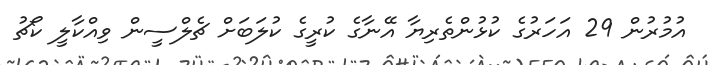
އުމުރުން 29 އަހަރުގެ ކުޅުންތެރިޔާ އޭނާގެ ކުރީގެ ކުލަބަށް ޗެލްސީން ވިއްކާލީ ކޯޗު